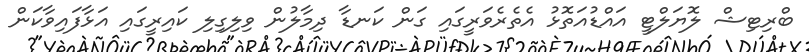
ބްރިޓިޝް ލޮޔަލްޓީ އައްޑުއަތޮޅު އެތެރެވަރީގައި ގަން ކަނޑާ ދިމާލުން ވިލިގިލި ކައިރީގައި އަޅާފައިވާކަން